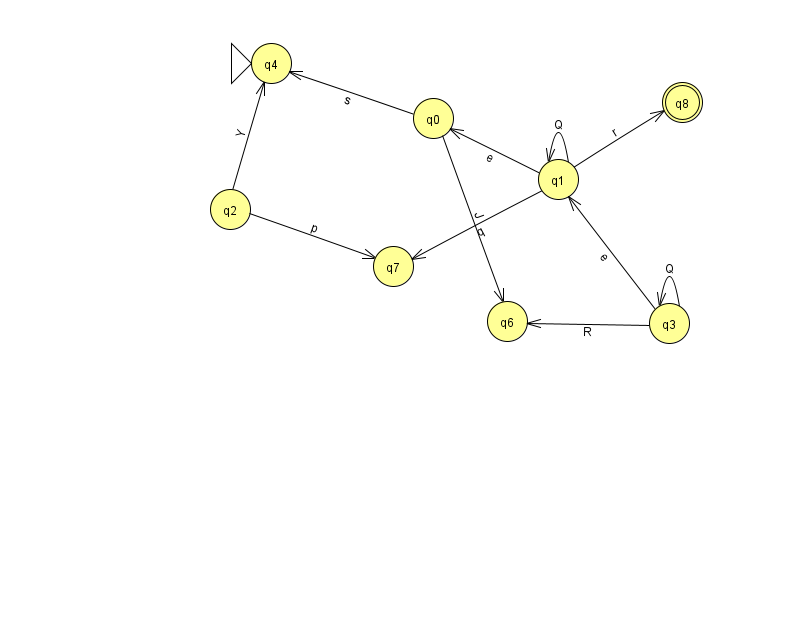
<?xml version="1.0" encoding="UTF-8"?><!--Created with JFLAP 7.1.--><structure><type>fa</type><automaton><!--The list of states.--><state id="0" name="q0"><x>433.0</x><y>105.0</y></state><state id="1" name="q1"><x>558.0</x><y>166.0</y></state><state id="2" name="q2"><x>230.0</x><y>196.0</y></state><state id="3" name="q3"><x>669.0</x><y>310.0</y></state><state id="4" name="q4"><x>271.0</x><y>50.0</y><initial/></state><state id="6" name="q6"><x>507.0</x><y>308.0</y></state><state id="7" name="q7"><x>393.0</x><y>253.0</y></state><state id="8" name="q8"><x>682.0</x><y>89.0</y><final/></state><!--The list of transitions.--><transition><from>1</from><to>1</to><read>Q</read></transition><transition><from>3</from><to>3</to><read>Q</read></transition><transition><from>3</from><to>1</to><read>e</read></transition><transition><from>0</from><to>4</to><read>s</read></transition><transition><from>1</from><to>7</to><read>q</read></transition><transition><from>1</from><to>8</to><read>r</read></transition><transition><from>2</from><to>4</to><read>Y</read></transition><transition><from>3</from><to>6</to><read>R</read></transition><transition><from>2</from><to>7</to><read>p</read></transition><transition><from>0</from><to>6</to><read>J</read></transition><transition><from>1</from><to>0</to><read>e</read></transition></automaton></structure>